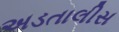
અડતાલીસ